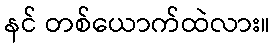
နင် တစ်ယောက်ထဲလား။